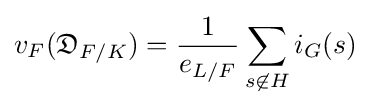
v_{F}({\mathfrak {D}}_{F/K})={1 \over e_{L/F}}\sum _{s\not \in H}i_{G}(s)